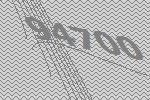
94700